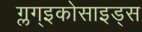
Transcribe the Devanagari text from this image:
ग्लग्इकोसाइड्स